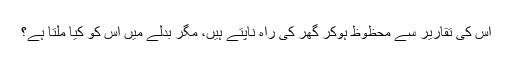
اس کی تقاریر سے محظوظ ہوکر گھر کی راہ ناپتے ہیں، مگر بدلے میں اس کو کیا ملتا ہے؟